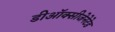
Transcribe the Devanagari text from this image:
डीऑक्सीजेनेटेड